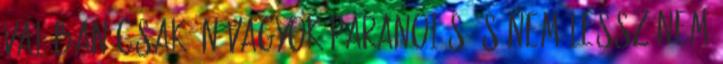
valóban csak én vagyok paranoiás és nem lessz Nem